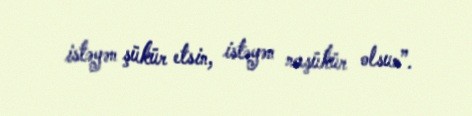
istəyən şükür etsin, istəyən naşükür olsun”.